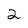
Character: 2